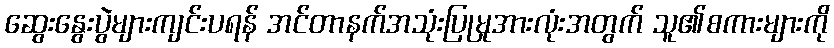
ဆွေးနွေးပွဲများကျင်းပရန် အင်တာနက်အသုံးပြုမှုအားလုံးအတွက် သူ၏စကားများကို